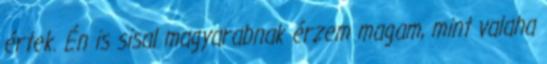
értek. Én is sisal magyarabnak érzem magam, mint valaha